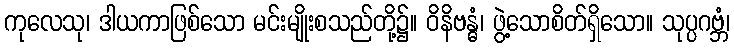
ကုလေသု၊ ဒါယကာဖြစ်သော မင်းမျိုးစသည်တို့၌။ ဝိနိဗန္ဓံ၊ ဖွဲ့သောစိတ်ရှိသော။ သုပ္ပဂဗ္ဘံ၊